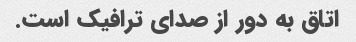
اتاق به دور از صدای ترافیک است.